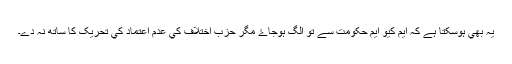
يہ بھي ہوسکتا ہے کہ ايم کيو ايم حکومت سے تو الگ ہوجاۓ مگر حزبِ اختلاف کي عدم اعتماد کي تحريک کا ساتھ نہ دے۔